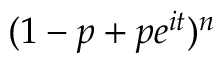
\! \, ( 1 - p + p e ^ { i t } ) ^ { n }